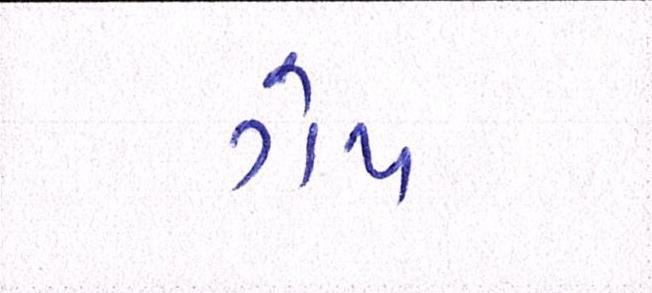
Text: ગેપ